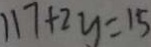
1 1 7 + 2 y = 1 5